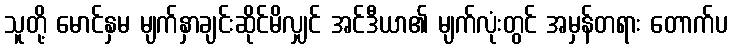
သူတို့ မောင်နှမ မျက်နှာချင်းဆိုင်မိလျှင် အင်ဒီယာ၏ မျက်လုံးတွင် အမှန်တရား တောက်ပ